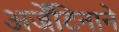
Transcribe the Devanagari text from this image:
अर्जेंटिनाने